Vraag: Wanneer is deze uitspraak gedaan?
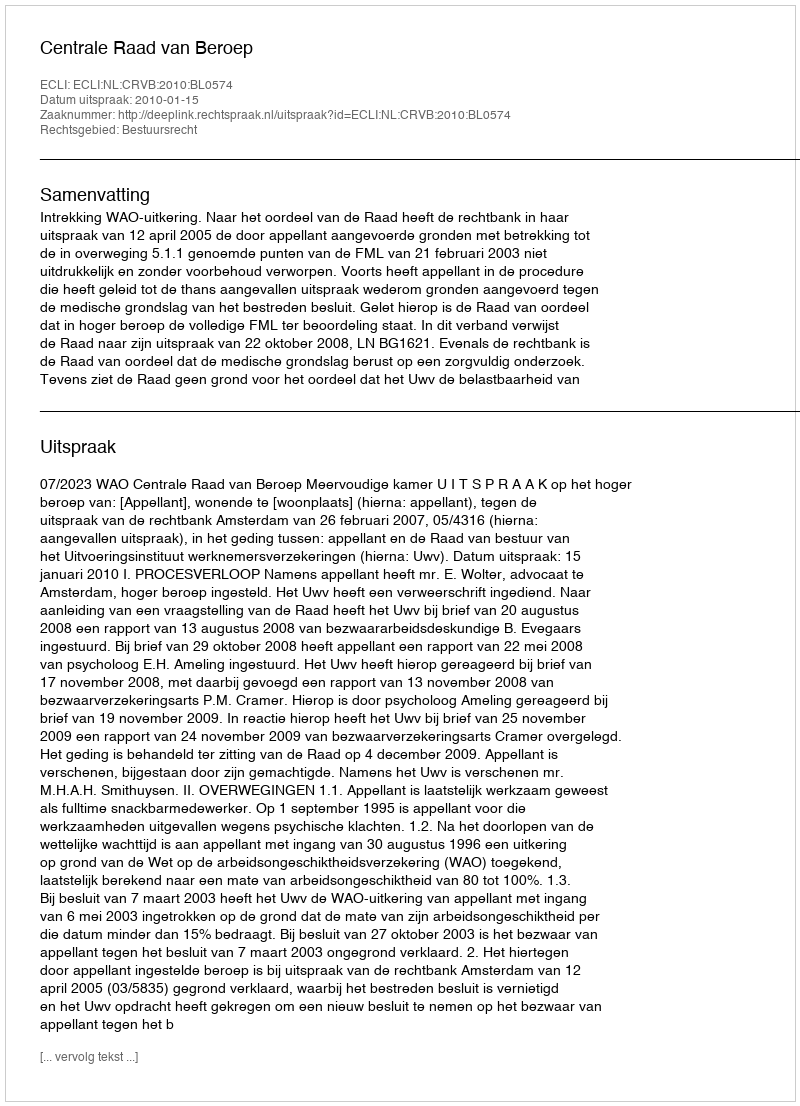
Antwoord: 2010-01-15